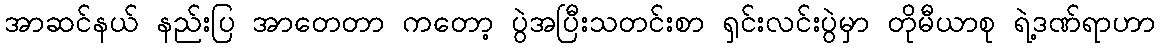
အာဆင်နယ် နည်းပြ အာတေတာ ကတော့ ပွဲအပြီးသတင်းစာ ရှင်းလင်းပွဲမှာ တိုမီယာစု ရဲ့ဒဏ်ရာဟာ